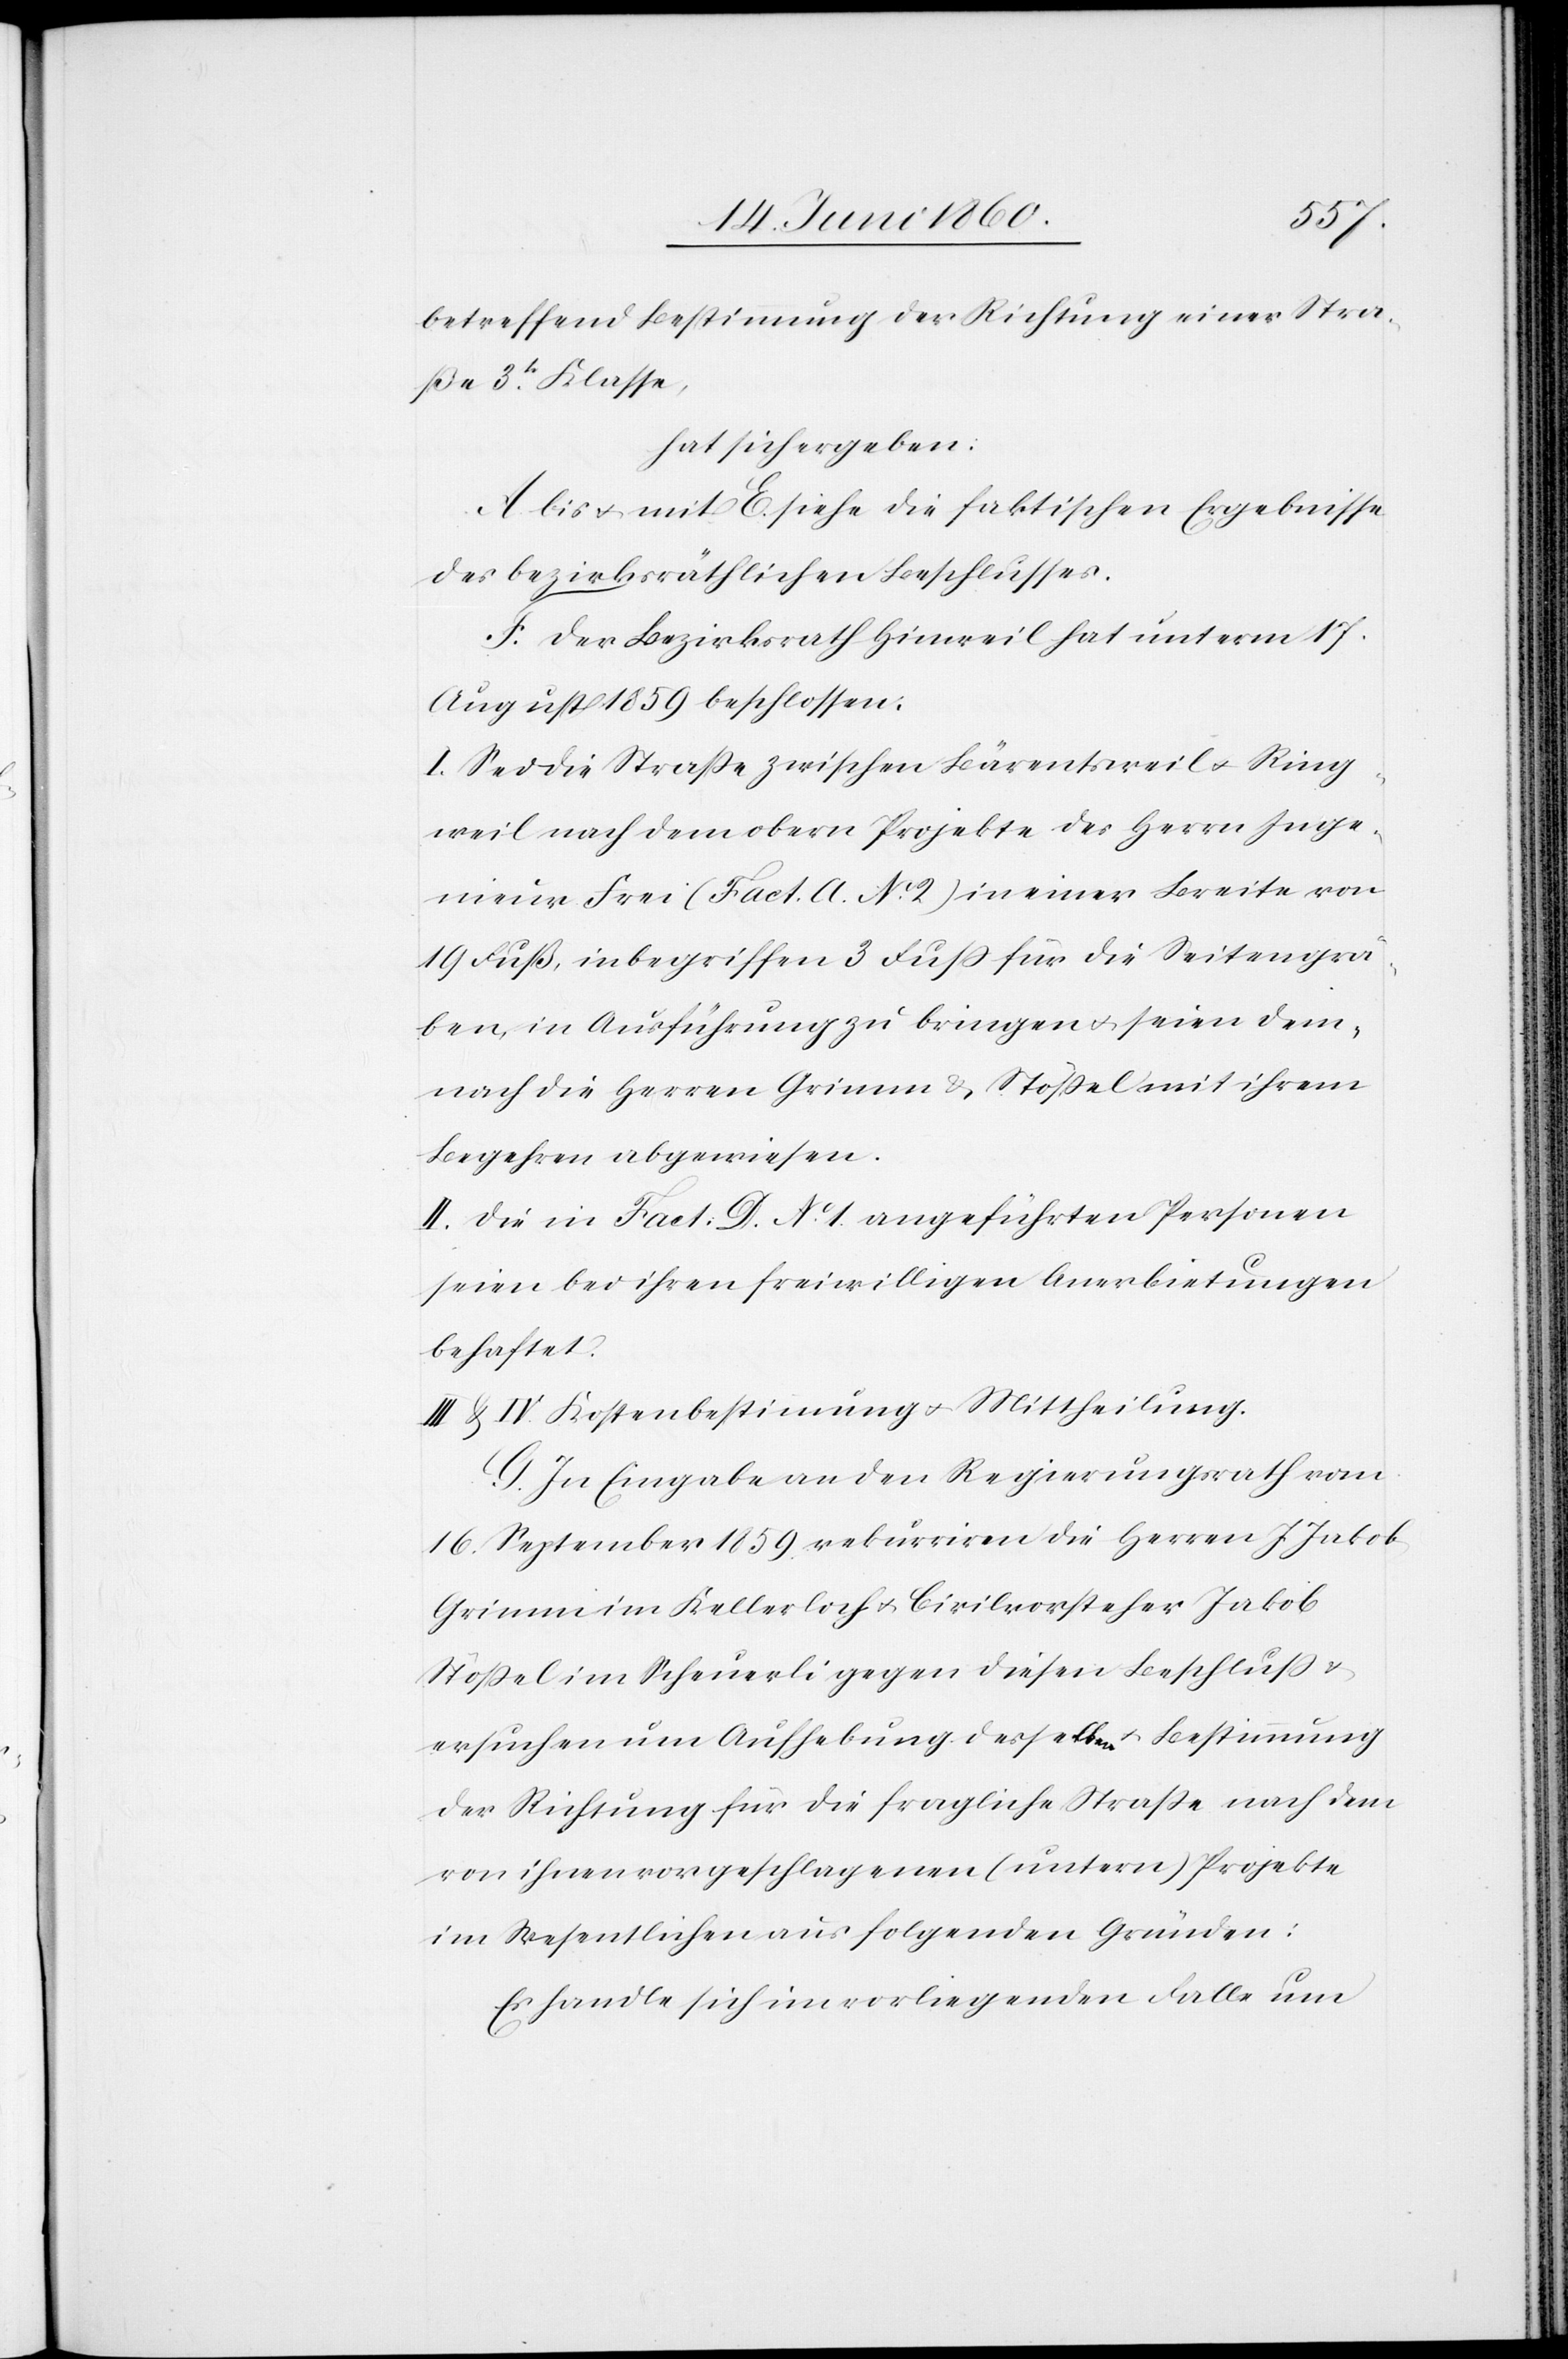
betreffend Bestimmung der Richtung einer Stra¬
sse 3tr Klasse,
hat sich ergeben:
A bis u mit E. siehe die faktischen Ergebnisse
des bezirksräthlichen Beschlusses.
F. Der Bezirksrath Hinweil hat unterm 17.
August 1859 beschlossen:
I. Sei die Strasse zwischen Bärentsweil u. Ring¬
weil nach dem obern Projekte des Herrn Inge¬
nieur Frei (Fact. A. NO 2) in einer Breite von
19 Fuß, inbegriffen 3 Fuss für die Seitengrä¬
ben, in Ausführung zu bringen u. seien dem¬
nach die Herren Grimm & Stössel mit ihrem
Begehren abgewiesen.
II. Die in Fact. D. NO 1 angeführten Personen
seien bei ihren freiwilligen Anerbietungen
behaftet.
III & IV. Kostenbestimmung u. Mittheilung.
G. In Eingabe an den Regierungsrath vom
16. September 1859m rekurriren die Herren J. Jakob
Grimm im Kellerloch u. Civilvorsteher Jakob
Stössel im Scheuerli gegen diesen Beschluss u.
ersuchen um Aufhebung desselben u. Bestimmung
der Richtung für die fragliche Strasse nach dem
von ihnen vorgeschlagenen (untern) Projekte
im Wesentlichen aus folgenden Gründen:
Es handle sich im vorliegenden Falle um